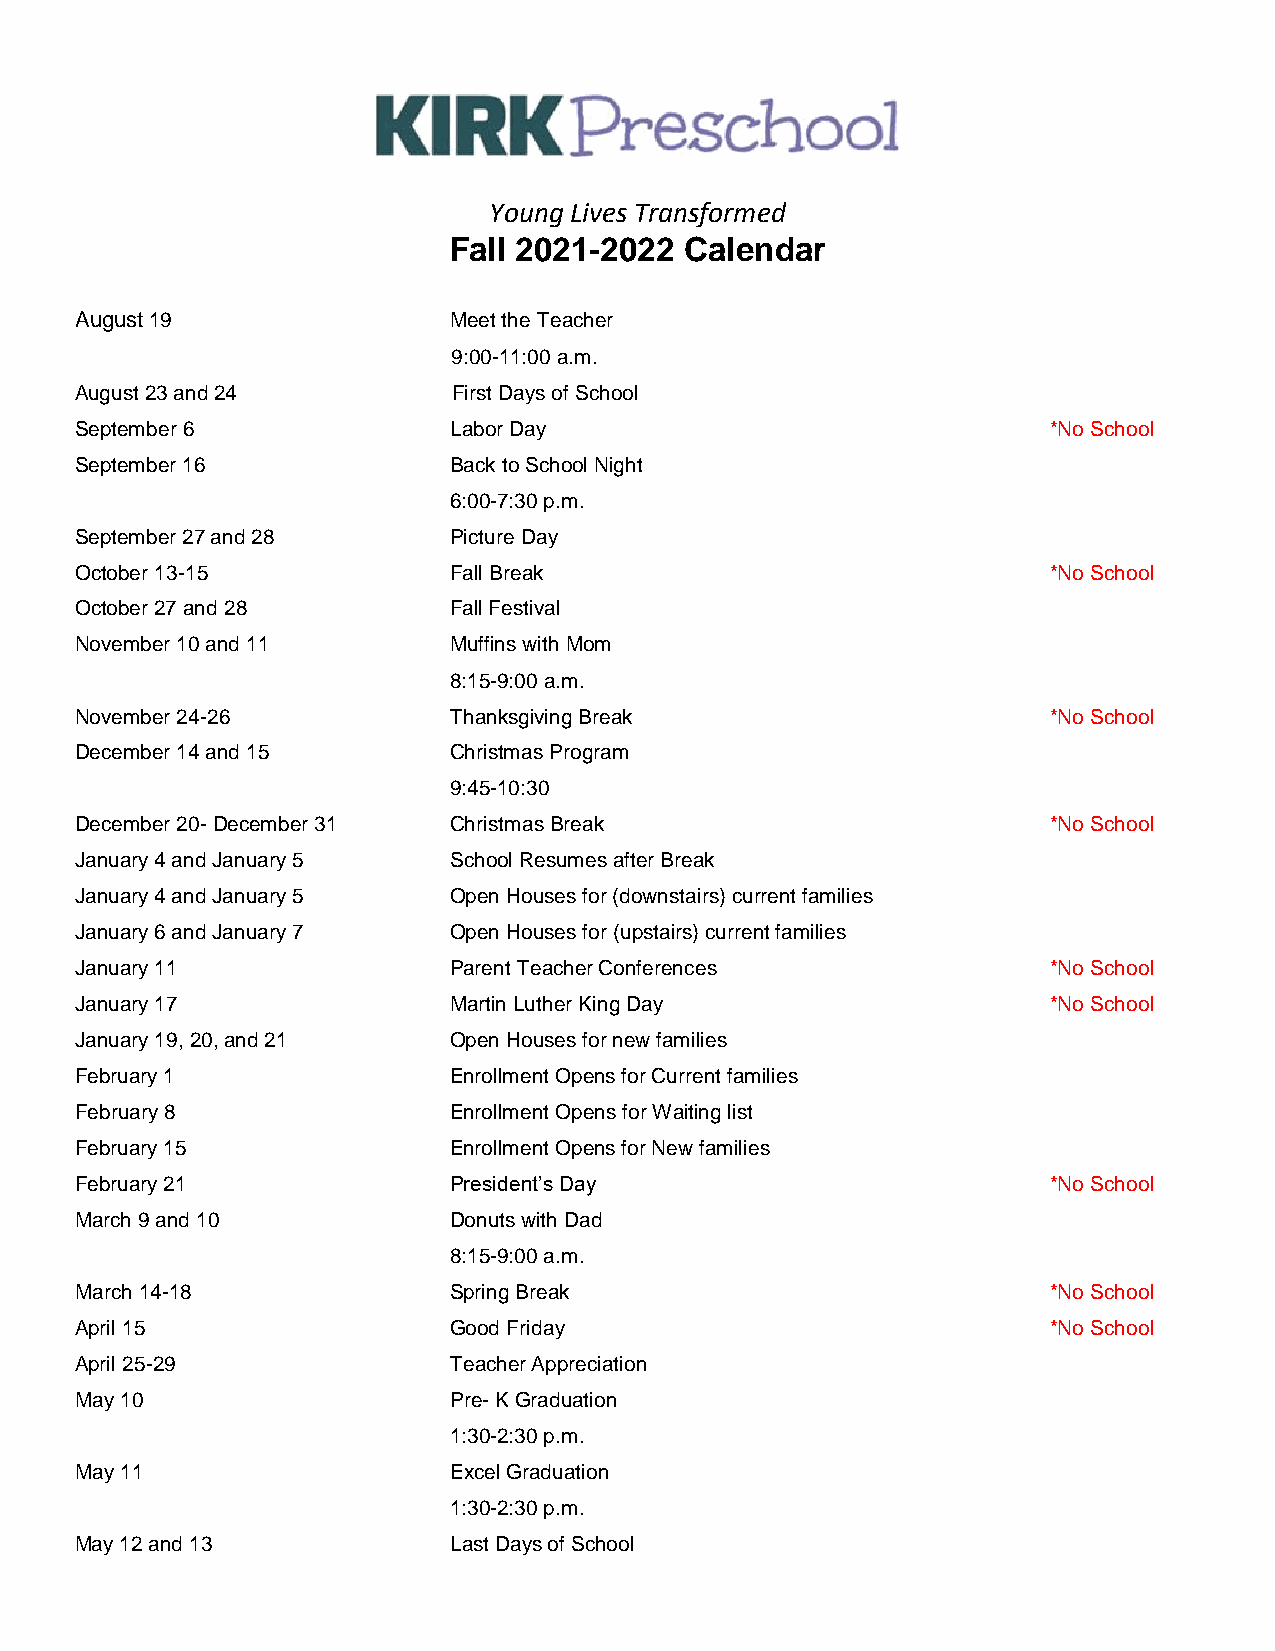
Young Lives Transformed
 Fall 2021-2022 Calendar
 August 19                Meet the Teacher
 9:00-11:00 a.m.
 August 23 and 24         First Days of School
 September 6              Labor Day                               *No School
 September 16             Back to School Night
 6:00-7:30 p.m.
 September 27 and 28      Picture Day
 October 13-15            Fall Break                              *No School
 October 27 and 28        Fall Festival
 November 10 and 11       Muffins with Mom
 8:15-9:00 a.m.
 November 24-26           Thanksgiving Break                      *No School
 December 14 and 15       Christmas Program
 9:45-10:30
 December 20- December 31 Christmas Break                         *No School
 January 4 and January 5  School Resumes after Break
 January 4 and January 5  Open Houses for (downstairs) current families
 January 6 and January 7  Open Houses for (upstairs) current families
 January 11               Parent Teacher Conferences              *No School
 January 17               Martin Luther King Day                  *No School
 January 19, 20, and 21   Open Houses for new families
 February 1               Enrollment Opens for Current families
 February 8               Enrollment Opens for Waiting list
 February 15              Enrollment Opens for New families
 February 21              President’s Day                         *No School
 March 9 and 10           Donuts with Dad
 8:15-9:00 a.m.
 March 14-18              Spring Break                            *No School
 April 15                 Good Friday                             *No School
 April 25-29              Teacher Appreciation
 May 10                   Pre- K Graduation
 1:30-2:30 p.m.
 May 11                   Excel Graduation
 1:30-2:30 p.m.
 May 12 and 13            Last Days of School